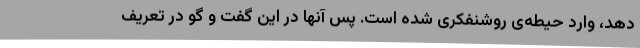
دهد، وارد حیطه‌ی روشنفکری شده است. پس آنها در این گفت و گو در تعریف